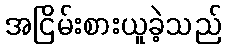
အငြိမ်းစားယူခဲ့သည်